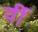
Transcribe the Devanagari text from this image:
र्वी